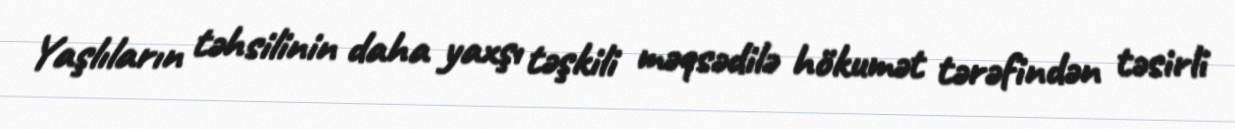
Yaşlıların təhsilinin daha yaxşı təşkili məqsədilə hökumət tərəfindən təsirli